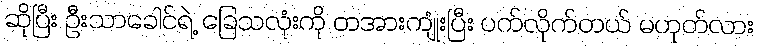
ဆိုပြီး ဦးသာခေါင်ရဲ့ ခြေသလုံးကို တအားကျုံးပြီး ပက်လိုက်တယ် မဟုတ်လား